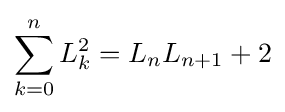
\sum _{k=0}^{n}L_{k}^{2}=L_{n}L_{n+1}+2